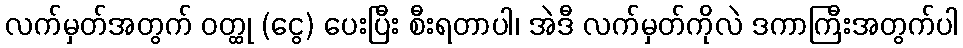
လက်မှတ်အတွက် ဝတ္ထု (ငွေ) ပေးပြီး စီးရတာပါ၊ အဲဒီ လက်မှတ်ကိုလဲ ဒကာကြီးအတွက်ပါ